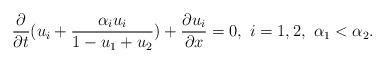
LaTeX: \begin{align*}\frac{\partial}{\partial t}(u_i+\frac{\alpha_i u_i}{1-u_1+u_2})+\frac{\partial u_i}{\partial x}=0, \ i=1, 2, \ \alpha_1<\alpha_2.\end{align*}